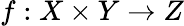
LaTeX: f:X\times Y\rightarrow Z